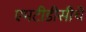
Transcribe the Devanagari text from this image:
एमटीडीसीचे